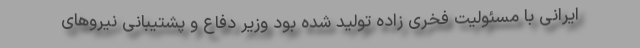
ایرانی با مسئولیت فخری زاده تولید شده بود وزیر دفاع و پشتیبانی نیروهای